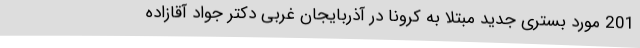
201 مورد بستری جدید مبتلا به کرونا در آذربایجان غربی دکتر جواد آقازاده